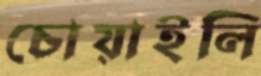
চোয়াইলি